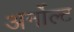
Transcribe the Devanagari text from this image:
अर्नोल्ट